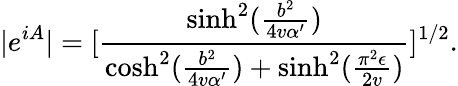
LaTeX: |e^{iA}|=[\frac{\sinh^{2}(\frac{b^{2}}{4v\alpha^{\prime}})}{\cosh^{2}(\frac{b^{2}}{4v\alpha^{\prime}})+\sinh^{2}(\frac{\pi^{2}\epsilon}{2v})}]^{1/2}.